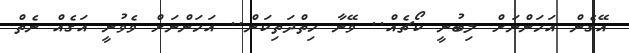
އޭގެން އަހަންނަށް ލިބުނީ ކޯޗެއް.. ވޭނާ ހިތްދަތިކަން.. އަހަންނަށް ވެވުނީ އަގެއް ނެތް